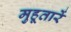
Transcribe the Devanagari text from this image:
मुहूतारें